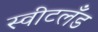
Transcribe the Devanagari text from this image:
स्वीटलँड